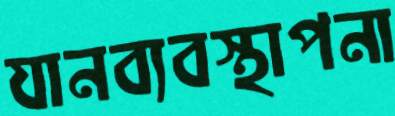
যানব্যবস্থাপনা